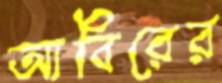
আবিরের